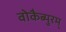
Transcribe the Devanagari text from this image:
वोकैब्युरम्